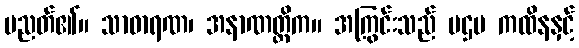
ပညတ်၏။ သာဓာရဏ၊ အနာဏတ္တိက။ အကြွင်းသည် ပဌမ ကထိနနှင့်